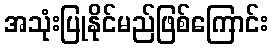
အသုံးပြုနိုင်မည်ဖြစ်ကြောင်း